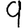
Digit: 9